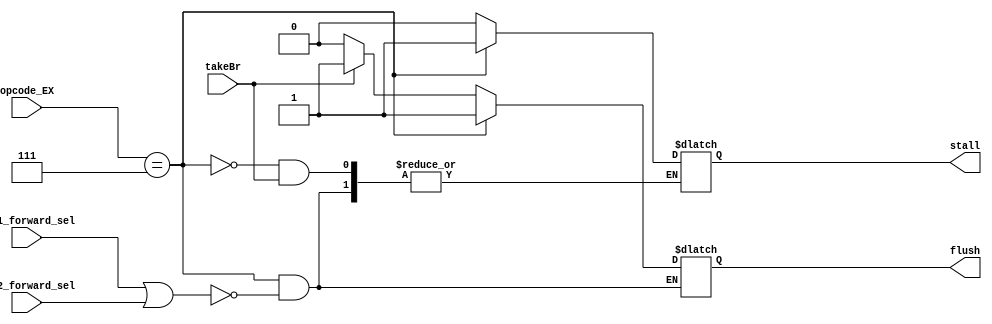
module SetFlushStall(reg1_forward_sel, reg2_forward_sel, takeBr, opcode_EX,
					 stall, flush);

   input reg1_forward_sel;
   input reg2_forward_sel;
   input takeBr;
   input [3:0] opcode_EX;
   
   output reg stall;
   output reg flush;
   
   // 0: no forwarding; 1: from exe; 2: from mem; 3: from wb
   
   always @(*) begin
		if(opcode_EX == 4'b0111) begin
			if(reg1_forward_sel == 1 || reg2_forward_sel == 1) begin
				stall <= 1'b1;
				flush <= 1'b1;
			end
		end
		else if(takeBr == 1'b1) begin
				flush <= 1'b1;
		end
		else begin
		    stall <= 1'b0;
				flush <= 1'b0;
		end
   end
endmodule